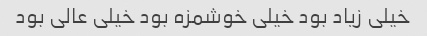
خیلی زیاد بود خیلی خوشمزه بود خیلی عالی بود